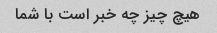
هیچ چیز چه خبر است با شما